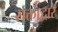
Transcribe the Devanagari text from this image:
राक्ताद्वारे